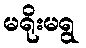
မရိုးမရွ